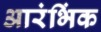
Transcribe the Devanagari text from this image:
आरंभिंक